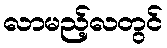
လာမည့်လတွင်